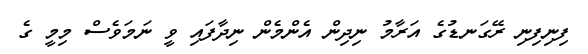
ފިނިފިނި ރޭގަނޑުގެ އަރާމު ނިދިން އެންމެން ނިދާފައި ވީ ނަމަވެސް މިމީ ގެ